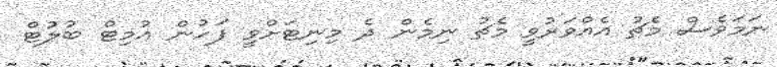
ނަމަވެސް މެޗު އެއްވަރުވީ މެޗު ނިމެން ދެ މިނިޓަށްވީ ފަހުން އުމިޓް ބުލުޓް